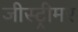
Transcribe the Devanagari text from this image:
जीस्ट्रीमर